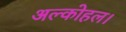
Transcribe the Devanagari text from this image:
अल्कोहल।